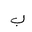
Letter: _ba